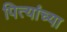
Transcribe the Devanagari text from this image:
पित्यांच्या